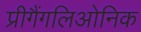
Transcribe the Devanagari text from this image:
प्रीगैंगलिओनिक